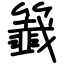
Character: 籖